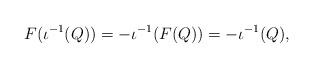
LaTeX: \begin{align*} F(\iota^{-1}(Q)) = -\iota^{-1}(F(Q)) = -\iota^{-1}(Q),\end{align*}